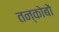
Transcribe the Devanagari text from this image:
तन्कोबों